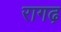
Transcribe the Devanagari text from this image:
रागढ़